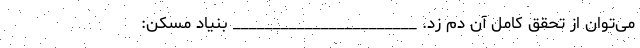
می‌توان از تحقق کامل آن دم زد. _______________________ بنیاد مسکن: